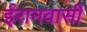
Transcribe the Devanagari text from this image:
ईरानवासी